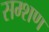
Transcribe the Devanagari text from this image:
सम्शण